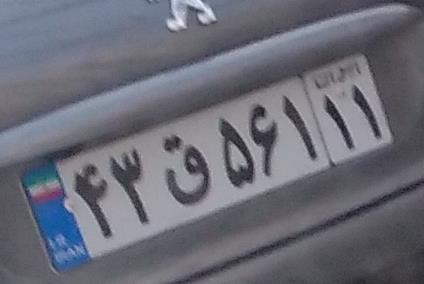
۴۳ق۵۶۱۱۱